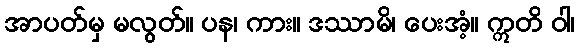
အာပတ်မှ မလွတ်။ ပန၊ ကား။ ဒဿာမိ၊ ပေးအံ့။ ဣတိ ဝါ၊